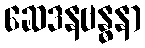
ဆေဒနဗန္ဓနာ